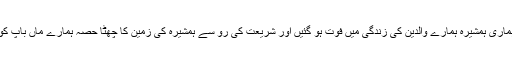
مگر ہماری ہمشیرہ ہمارے والدین کی زندگی میں فوت ہو گئیں اور شریعت کی رو سے ہمشیرہ کی زمین کا چھٹا حصہ ہمارے ماں باپ کو ملا ۔